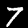
Label: 7